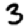
Digit: 3